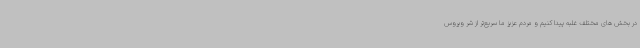
در بخش های مختلف غلبه پیدا کنیم و مردم عزیز ما سریع‌تر از شر ویروس